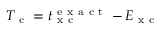
T _ { \mathrm { ~ c ~ } } = t _ { \mathrm { ~ x ~ c ~ } } ^ { \mathrm { ~ e ~ x ~ a ~ c ~ t ~ } } - E _ { \mathrm { ~ x ~ c ~ } }